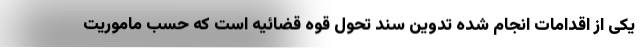
یکی از اقدامات انجام شده تدوین سند تحول قوه قضائیه است که حسب ماموریت